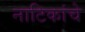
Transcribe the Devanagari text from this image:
नाटिकांचे